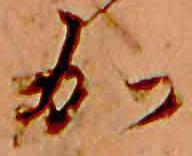
加